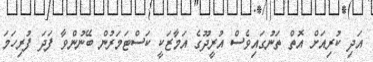
އަދި ކުރިއަށް އޮތް ތަނުގައިވެސް އުރީދޫގެ އަމާޒަކީ ކަސްޓަމަރުން ބޭނުންވާ ފަދަ ފުރިހަމަ